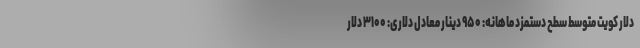
دلار کویت متوسط سطح دستمزد ماهانه: ۹۵۰ دینار معادل دلاری: ۳۱۰۰ دلار